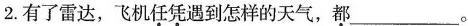
2.有了雷达，飞机\underset{·}{任}\underset{·}{凭}遇到怎样的天气，\underset{·}{都}___。